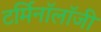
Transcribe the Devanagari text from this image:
टर्मिनाॅलाॅजी